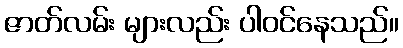
ဇာတ်လမ်း များလည်း ပါဝင်နေသည်။